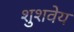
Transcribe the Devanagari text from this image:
शुशवेय